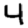
Digit: 4